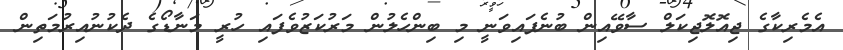
އެމެރިކާގެ ޖިއޮލޮޖިކަލް ސާވޭއިން ބުނެފައިވަނީ މި ބިންހެލުން މަރުކަޒުވެފައި ހުރީ މަނާޑޯގެ ދެކުނުއިރުމަތިން